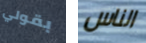
بقولي الناس